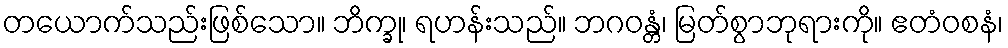
တယောက်သည်းဖြစ်သော။ ဘိက္ခု၊ ရဟန်းသည်။ ဘဂဝန္တံ၊ မြတ်စွာဘုရားကို။ ဧတံဝစနံ၊